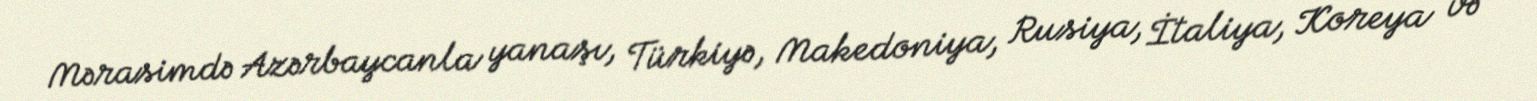
Mərasimdə Azərbaycanla yanaşı, Türkiyə, Makedoniya, Rusiya, İtaliya, Koreya və